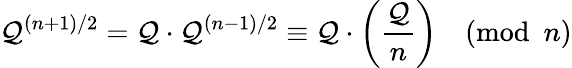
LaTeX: \mathcal{Q}^{(n+1)/2}=\mathcal{Q}\cdot\mathcal{Q}^{(n-1)/2}\equiv\mathcal{Q}\cdot\left({\frac{{\mathcal{Q}}}{{n}}}\right){\pmod{n}}